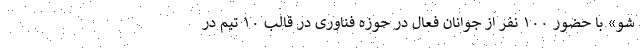
شو» با حضور ۱۰۰ نفر از جوانان فعال در حوزه فناوری در قالب ۱۰ تیم در